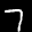
Label: 7